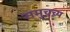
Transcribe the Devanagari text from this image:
समुचच्य